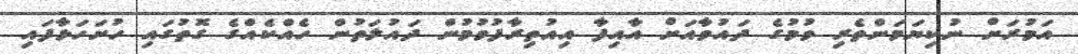
އަމުރަށް ނުކިޔަމަންތެރި ވުމުގެ ދައުވާއަށް އާއިފާ އިއުތިރާފުވުުމުން ދައުލަތުން ހެއްކެއްގެ ގޮތުގައި ހުށަހަޅާފައި